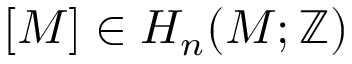
[ M ] \in H _ { n } ( M ; \mathbb { Z } )